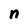
Character: n